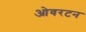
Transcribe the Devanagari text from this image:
ओवरटन